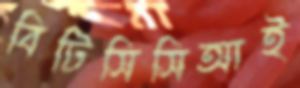
বিটিসিসিআই